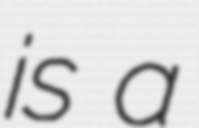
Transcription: is a